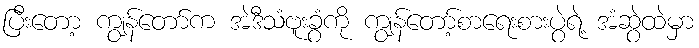
ပြီးတော့ ကျွန်တော်က အဲဒီသံဗူးခွံကို ကျွန်တော့်စာရေးစားပွဲရဲ့ အံဆွဲထဲမှာ